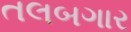
તલબગાર